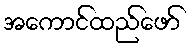
အကောင်ထည်ဖော်